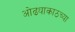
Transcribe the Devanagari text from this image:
ओढ्याकाठच्या